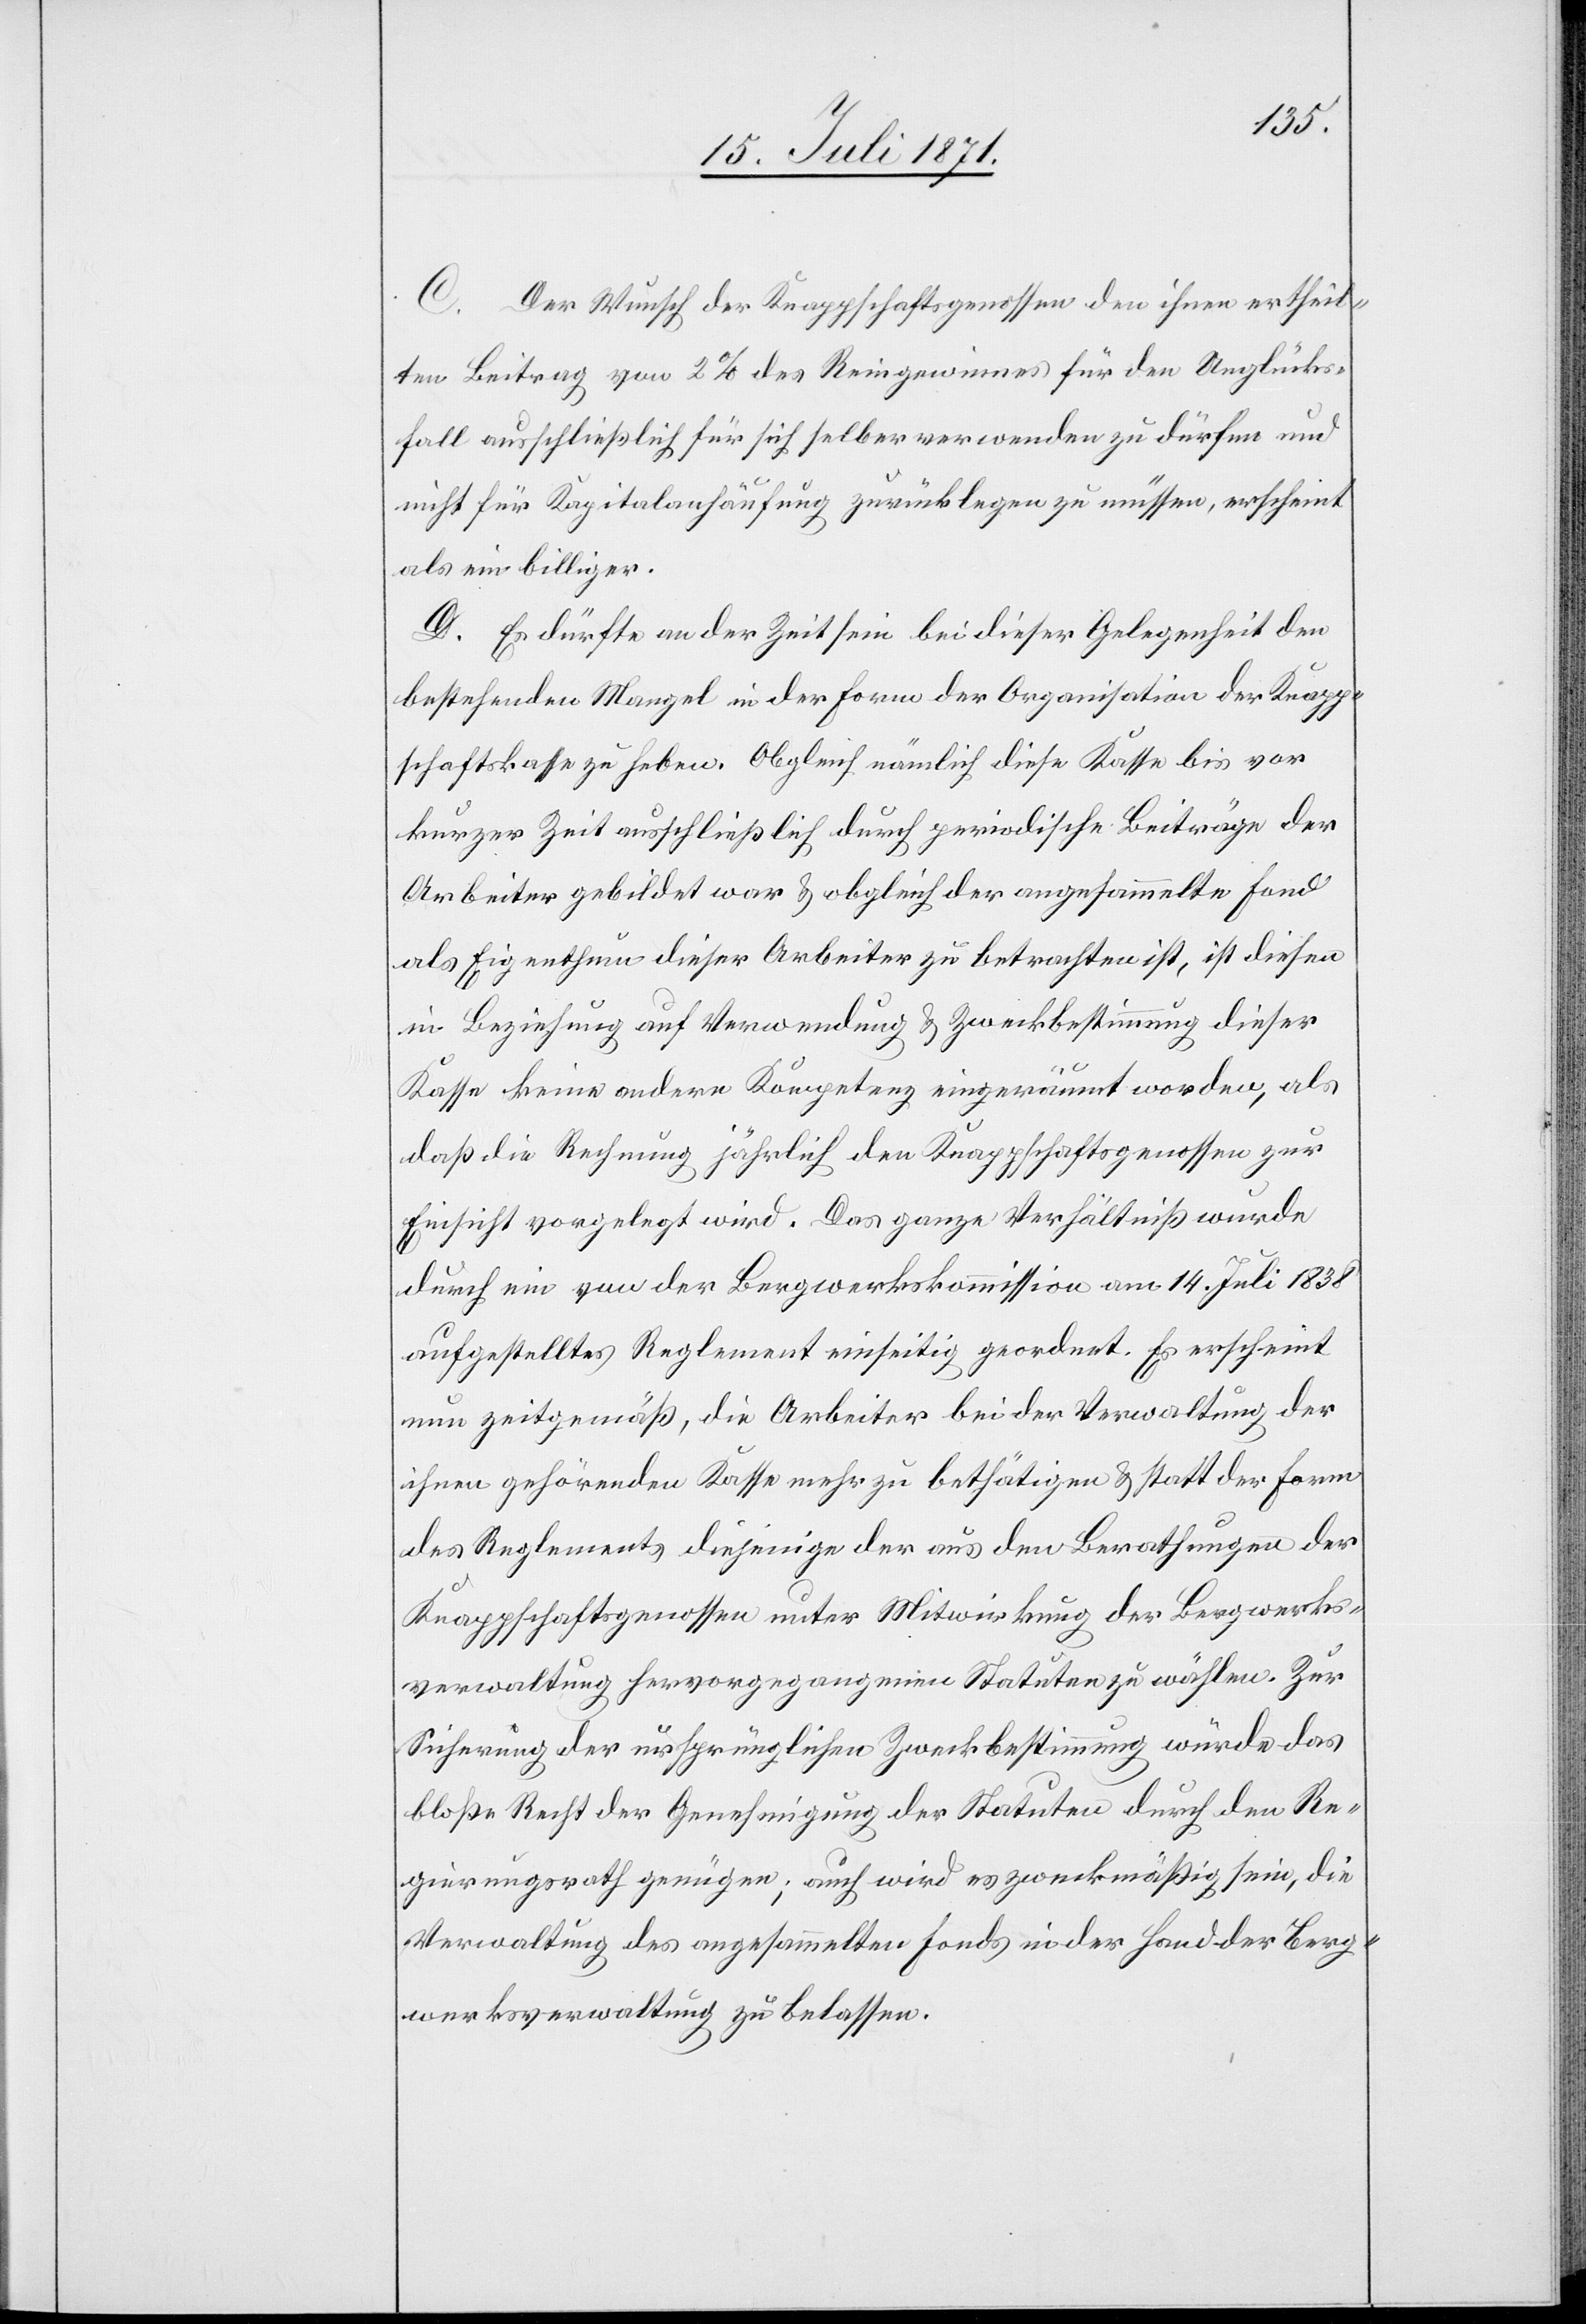
C. Der Wunsch der Knappschaftsgenossen den ihnen ertheil¬
ten Beitrag von 2% des Reingewinnes für den Unglücks¬
fall ausschließlich für sich selber verwenden zu dürfen und
nicht für Kapitalanhäufung zurücklegen zu müssen, erscheint
als ein billiger.
D. Es dürfte an der Zeit sein bei dieser Gelegenheit den
bestehenden Mangel in der Form der Organisation der Knapp¬
schaftskasse zu heben. Obgleich nämlich diese Kasse bis vor
kurzer Zeit ausschließlich durch periodische Beiträge der
Arbeiter gebildet war u. obgleich der angesammelte Fond
als Eigenthum dieser Arbeiter zu betrachten ist, ist dieser
Kasse keine andere Kompetenz eingeräumt worden, als
daß die Rechnung jährlich den Knappschaftsgenossen zur
Einsicht vorgelegt wird. Das ganze Verhältniß wurde
durch ein von der Bergwerkskommission am 14. Juli 1838
aufgestelltes Reglement einseitig geordnet. Es erscheint
nun zeitgemäß, die Arbeiter bei der Verwaltung der
ihnen gehörenden Kasse mehr zu bethätigen u. statt der Form
des Reglements diejenige der aus den Berathungen der
Knappschaftsgenossen unter Mitwirkung der Bergwerks¬
verwaltung hervorgegangenen Statuten zu wählen. Zur
Sicherung der ursprünglichen Zweckbestimmung würde das
bloße Recht der Genehmigung der Statuten durch den Re¬
gierungsrath genügen; auch wird es zweckmäßig sein, die
Verwaltung des angesammelten Fonds in der Hand der Berg¬
werksverwaltung zu belassen.